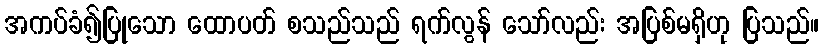
အကပ်ခံ၍ပြုသော ထောပတ် စသည်သည် ရက်လွန် သော်လည်း အပြစ်မရှိဟု ပြသည်။